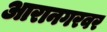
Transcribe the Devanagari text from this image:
आरानगरवर